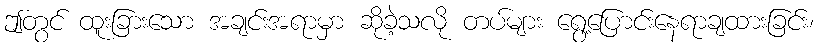
ဤတွင် ထူးခြားသော အချင်းအရာမှာ ဆိုခဲ့သလို တပ်များ ရွေ့ပြောင်းနေရာချထားခြင်း၊